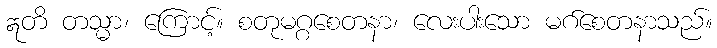
ဣတိ တသ္မာ၊ ကြောင့်။ စတုမဂ္ဂစေတနာ၊ လေးပါးသော မဂ်စေတနာသည်။